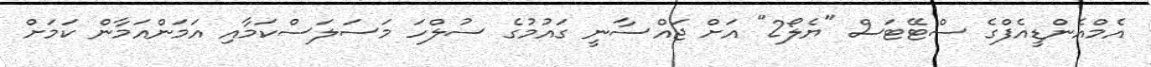
އެމްއެންޑީއެފްގެ ސްޓޭޓަސް "ޔެލޯ2" އަށް ޖައްސާނީ ގައުމުގެ ސުލްހަ މަސަލަސްކަމާއި އަމަންއަމާން ކަމަށް